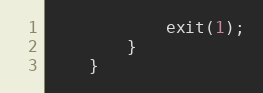
Language: C
			exit(1);
		}
	}